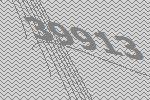
39913